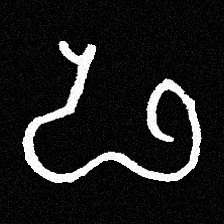
Pyu character \u2014 Myanmar letter: ဖ (romanized: pha)